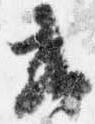
或